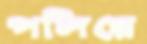
পলিয়ে